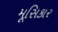
મૂસિકાર